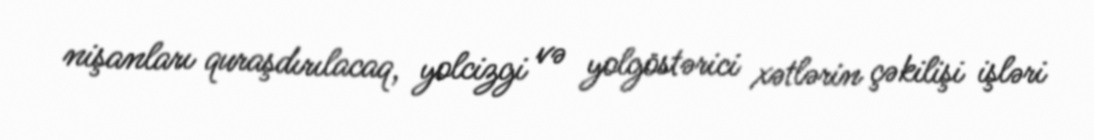
nişanları quraşdırılacaq, yolcizgi və yolgöstərici xətlərin çəkilişi işləri